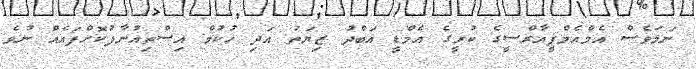
ނަމަވެސް އެމްއެމްޕީއާރްސީގެ ކުރީގެ އެމްޑީ އަބްދު ޒިޔަތު އަދި ހުކުމް އިސްތިއުނާފުކޮށްފައެއް ނުވެ